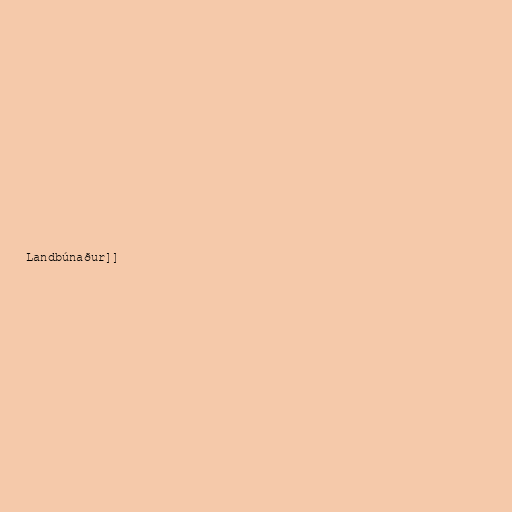
Landbúnaður]]